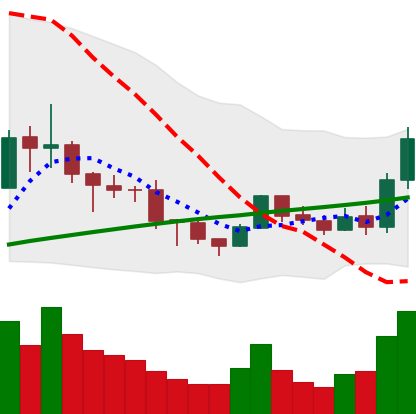
Ticker: BNB-USD
Chart end date: 2019-08-08
Forward return: -4.432%
Label: down_3_5